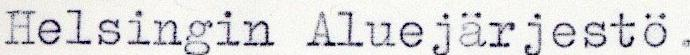
Helsingin Aluejärjestö